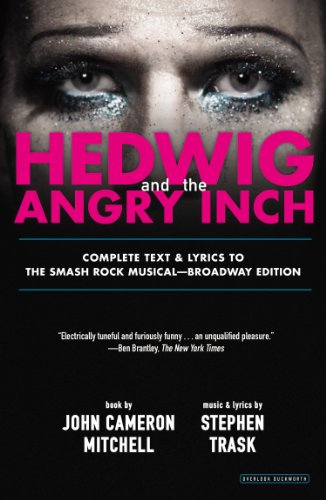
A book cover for Hedwig and the Angry Inch: Broadway Edition; John Cameron Mitchell; Humor & Entertainment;